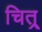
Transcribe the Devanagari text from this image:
चित्र्